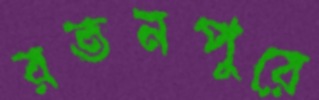
রতনপুরে